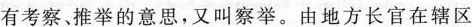
有考察、推举的意思，又叫察举。由地方长官在辖区